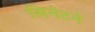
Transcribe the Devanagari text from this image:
सिनेटने